Annual report of the Punjab Veterinary College and of the Civil Veterinary Department, Punjab - 1926-1932
Year: 1926
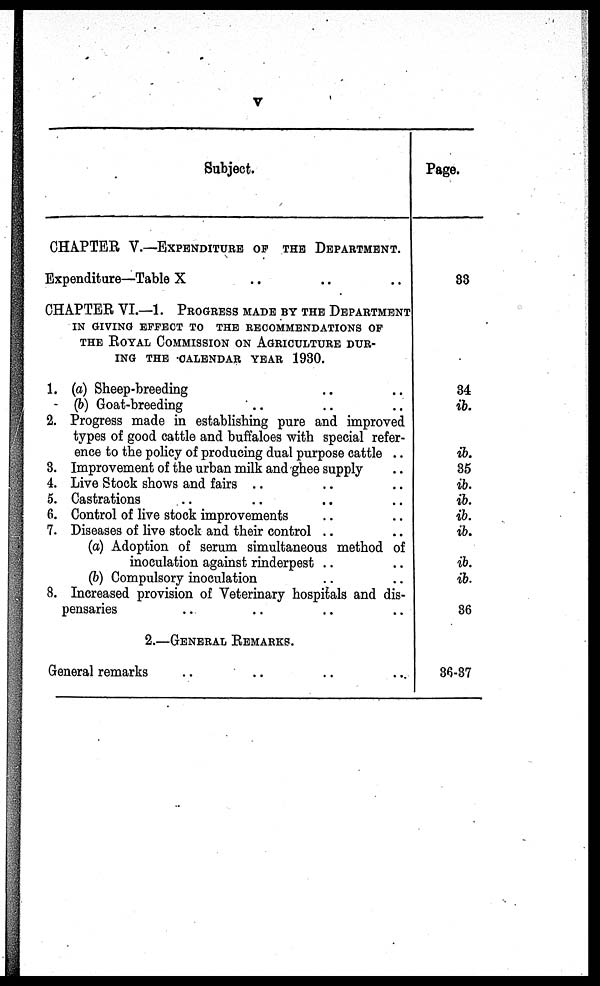
v
Subject.
CHAPTER V.—EXPENDITURE OF THE DEPARTMENT.
Expenditure—Table X .. .. ..
CHAPTER VI.—1. PROGRESS MADE BY THE DEPARTMENT
IN GIVING EFFECT TO THE RECOMMENDATION OF
THE ROYAL COMMISSION ON AGRICULTURE DUR-
ING THE CALENDAR YEAR 1930.
1. (a) Sheep-breeding .. ..
(b) Goat-breeding .. .. ..
2. Progress made in establishing pure and improved
types of good cattle and buffaloes with special refer-
ence to the policy of producing dual purpose cattle ..
3. Improvement of the urban milk and ghee supply ..
4. Live Stock shows and fairs .. .. ..
5. Castrations .. .. .. ..
6. Control of live stock improvements .. ..
7. Diseases of live stock and their control .. ..
(a) Adoption of serum simultaneous method of
inoculation against rinderpest .. ..
(b) Compulsory inoculation .. ..
8. Increased provision of Veterinary hospitals and dis-
pensaries .. .. .. ..
2.—GENERAL REMARKS.
General remarks .. .. .. ..
Page.
33
34
ib.
ib.
35
ib.
ib.
ib.
ib.
ib.
ib.
36
36-37